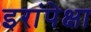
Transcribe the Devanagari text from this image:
इरांपेक्षा